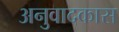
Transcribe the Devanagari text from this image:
अनुवादकास